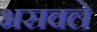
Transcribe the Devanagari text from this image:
भसवले